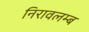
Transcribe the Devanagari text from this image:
निरावलम्ब